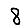
Digit: 8